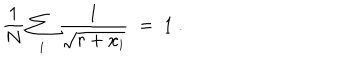
{ \frac { 1 } { N } } \sum _ { i } { \frac { 1 } { \sqrt { r + x _ { i } } } } \; = \; 1 \; .